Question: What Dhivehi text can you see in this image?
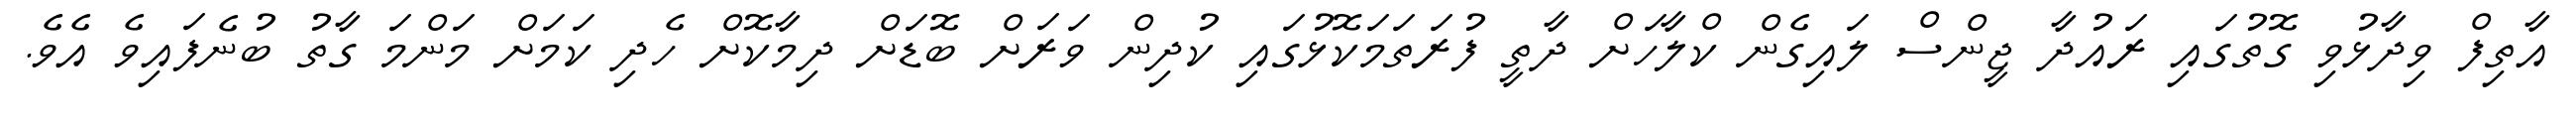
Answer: އާތިފް ވިދާޅުވި ގޮތުގައި ރައުދާ ޖީންސް ލައިގެން ކްލާހަށް ދާތީ ފުރަތަމަކޮޅުގައި ކުދިން ވަރަށް ބޮޑަށް ދިމާކޮށް ހެދި ކަމަށް މަންމަ ގާތު ބުނެފައިވެ އެވެ.